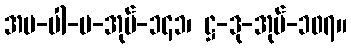
အပ-ပါ-ပ-အုပ်-၁၄၁၊ ဋ္ဌ-ဒု-အုပ်-၁၀၇။